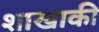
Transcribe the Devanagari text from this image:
शाखाकी